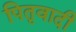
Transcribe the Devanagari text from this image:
पितृवादी